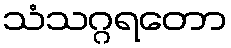
သံသဂ္ဂရတော